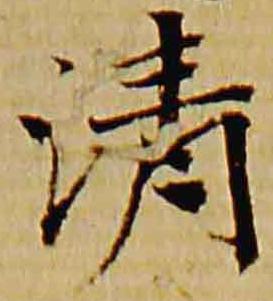
清